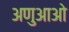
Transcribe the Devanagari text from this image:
अणुआओ